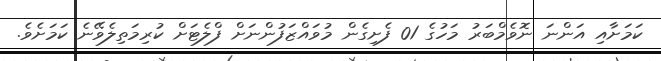
ކަމަށާއި އަންނަ ނޮވެމްބަރު މަހުގެ 01 ފެށިގެން މުވައްޒަފުންނަށް ފްލެޓަށް ކުރިމަތިލެވޭނެ ކަމަށެވެ.